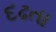
દઢતા